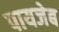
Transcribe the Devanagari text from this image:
पायजेब